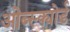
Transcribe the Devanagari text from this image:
ओब्स्क्योर्ड